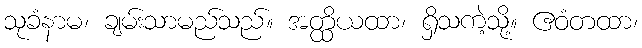
သုခံနာမ၊ ချမ်းသာမည်သည်။ အတ္ထိယထာ၊ ရှိသကဲ့သို့။ ဧဝံတထာ၊